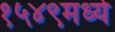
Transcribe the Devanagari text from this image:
१५४९मध्ये